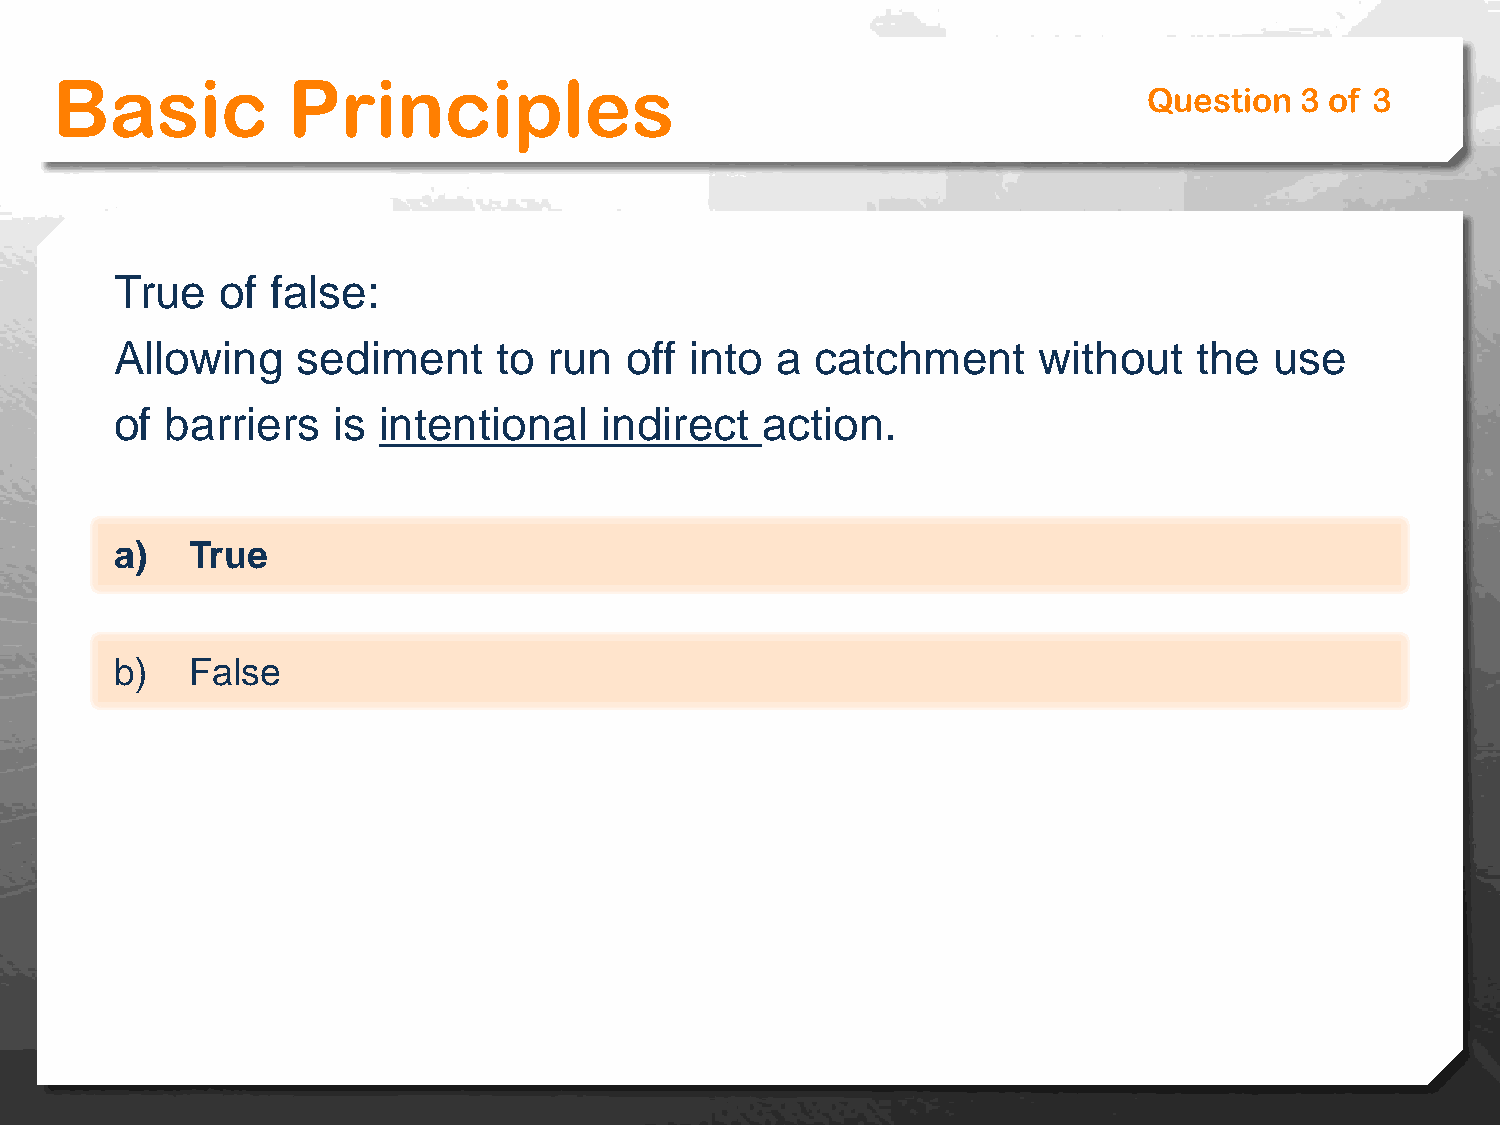
Basic           Principles
 Question  3 of 3
 True   of false:
 Allowing    sediment     to run  off  into a  catchment      without   the  use
 of barriers   is intentional    indirect  action.
 a)  True
 b)  False